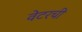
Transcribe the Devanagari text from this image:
वेटरची